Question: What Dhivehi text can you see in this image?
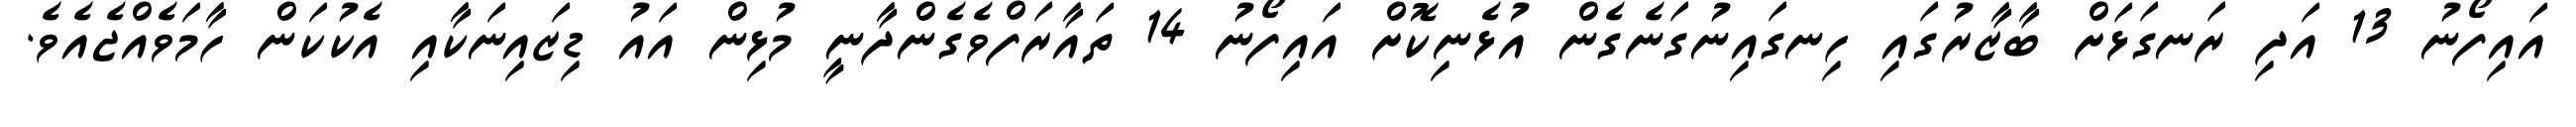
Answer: އައިފޯނު 13 އަދި ރަނގަޅަށް ބާޒާރުގައި ހިނގައިނުގަނެގެން އުޅެނިކޮށް އައިފޯނު 14 ތައާރަފްވެގެންދާނީ މުޅިން އައު ޑިޒައިނަކާއި އެކުކަން ހާމަވެއްޖެއެވެ.